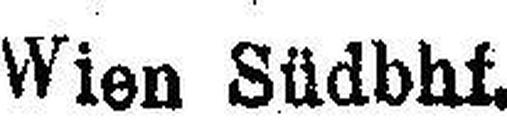
Wien Südbhf.